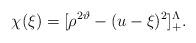
LaTeX: \begin{align*}\chi(\xi)=[\rho^{2\vartheta}-(u-\xi)^2]_+^{\Lambda}.\end{align*}